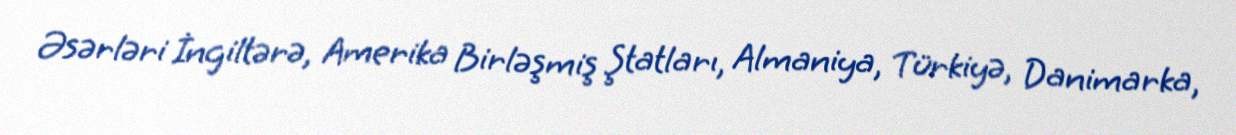
Əsərləri İngiltərə, Amerika Birləşmiş Ştatları, Almaniya, Türkiyə, Danimarka,